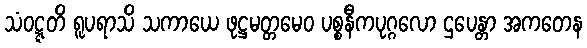
သံဝဋ္ဋတိ ရူပရာသိ သကာယေ ဖုဋ္ဌမတ္တမေဝ ပစ္စနီကပုဂ္ဂလော ဌပေန္တာ အကတေန